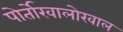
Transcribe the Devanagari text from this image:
पोर्तोखालोखाल